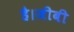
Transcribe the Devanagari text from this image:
है।जीबी